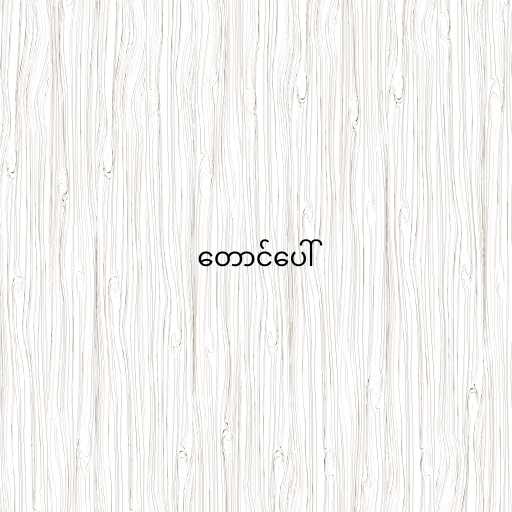
တောင်ပေါ်